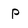
Character: P